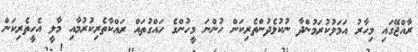
ރާއްޖޭގައި މިހާރު އަމަލުކުރަމުންދާ ނުކުޅެދުންތެރިކަން ހުންނަ މީހުންގެ ހައްގުތައް ރައްކާތެރިކުރުމާއި މާލީ އެހީތެރިކަން